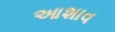
આશાવ